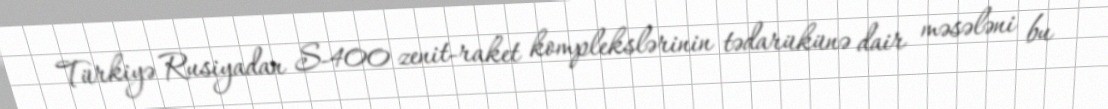
Türkiyə Rusiyadan S-400 zenit-raket komplekslərinin tədarükünə dair məsələni bu